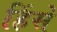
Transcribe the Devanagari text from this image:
हिंसे